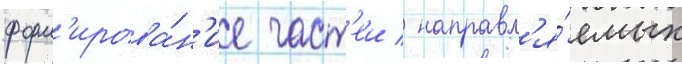
форм'ирова́н'ие част'еи / направл'я́емых